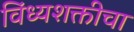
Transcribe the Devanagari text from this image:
विंध्यशक्तीचा